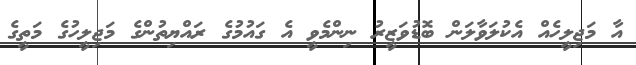
އާ މަޖިލީހެއް އެކުލަވާލަން ބޮޑުވަޒީރު ނިންމެވީ އެ ގައުމުގެ ރައްޔިތުންގެ މަޖިލީހުގެ މަތީގެ